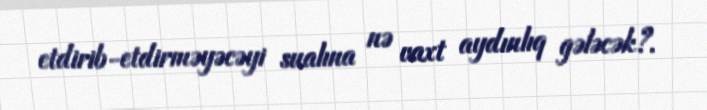
etdirib-etdirməyəcəyi sualına nə vaxt aydınlıq gələcək?.